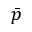
\bar { p }